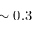
\sim 0 . 3